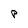
Character: P